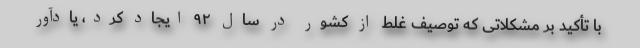
با تأکید بر مشکلاتی که توصیف غلط از کشور در سال ۹۲ ایجاد کرد، یادآور